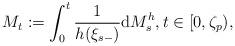
LaTeX: \begin{align*} M_{t}:=\int_{0}^{t}\frac{1}{h(\xi_{s-})}{\rm d}M^{h}_{s}, t\in [0,\zeta_{p}),\end{align*}